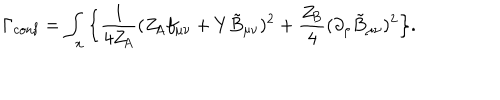
\Gamma _ { \mathrm { c o n f } } = \int _ { x } \Big \{ \frac { 1 } { 4 Z _ { \! A } } ( Z _ { \! A } f _ { \mu \nu } + Y \tilde { B } _ { \mu \nu } ) ^ { 2 } + \frac { Z _ { \! B } } { 4 } ( \partial _ { \rho } \tilde { B } _ { \mu \nu } ) ^ { 2 } \Big \} .